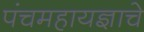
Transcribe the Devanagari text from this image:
पंचमहायज्ञाचे